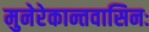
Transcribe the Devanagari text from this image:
मुनेरेकान्तवासिनः